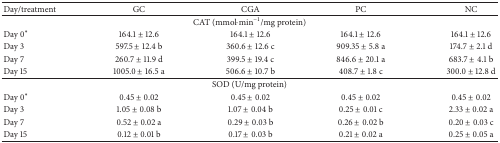
<table><thead><tr><td><b>Day/treatment</b></td><td><b>GC</b></td><td><b>CGA</b></td><td><b>PC</b></td><td><b>NC</b></td></tr></thead><tbody><tr><td colspan="5">CAT (mmol·min<sup>−1</sup>/mg protein)</td></tr><tr><td>Day 0<sup><i>∗</i></sup></td><td>164.1 ± 12.6</td><td>164.1 ± 12.6</td><td>164.1 ± 12.6</td><td>164.1 ± 12.6</td></tr><tr><td>Day 3</td><td>597.5 ± 12.4 b</td><td>360.6 ± 12.6 c</td><td>909.35 ± 5.8 a</td><td>174.7 ± 2.1 d</td></tr><tr><td>Day 7</td><td>260.7 ± 11.9 d</td><td>399.5 ± 19.4 c</td><td>846.6 ± 20.1 a</td><td>683.7 ± 4.1 b</td></tr><tr><td>Day 15</td><td>1005.0 ± 16.5 a</td><td>506.6 ± 10.7 b</td><td>408.7 ± 1.8 c</td><td>300.0 ± 12.8 d</td></tr><tr><td colspan="5">SOD (U/mg protein)</td></tr><tr><td>Day 0<sup><i>∗</i></sup></td><td>0.45 ± 0.02</td><td>0.45 ± 0.02</td><td>0.45 ± 0.02</td><td>0.45 ± 0.02</td></tr><tr><td>Day 3</td><td>1.05 ± 0.08 b</td><td>1.07 ± 0.04 b</td><td>0.25 ± 0.01 c</td><td>2.33 ± 0.02 a</td></tr><tr><td>Day 7</td><td>0.52 ± 0.02 a</td><td>0.29 ± 0.03 b</td><td>0.26 ± 0.02 b</td><td>0.20 ± 0.03 c</td></tr><tr><td>Day 15</td><td>0.12 ± 0.01 b</td><td>0.17 ± 0.03 b</td><td>0.21 ± 0.02 a</td><td>0.25 ± 0.05 a</td></tr></tbody></table>